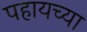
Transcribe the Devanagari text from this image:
पहायच्या